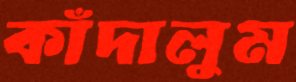
কাঁদালুম